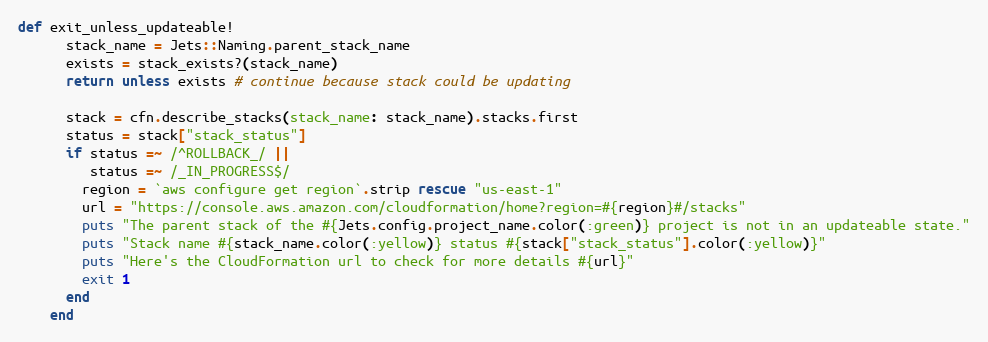
Language: Ruby
def exit_unless_updateable!
      stack_name = Jets::Naming.parent_stack_name
      exists = stack_exists?(stack_name)
      return unless exists # continue because stack could be updating

      stack = cfn.describe_stacks(stack_name: stack_name).stacks.first
      status = stack["stack_status"]
      if status =~ /^ROLLBACK_/ ||
         status =~ /_IN_PROGRESS$/
        region = `aws configure get region`.strip rescue "us-east-1"
        url = "https://console.aws.amazon.com/cloudformation/home?region=#{region}#/stacks"
        puts "The parent stack of the #{Jets.config.project_name.color(:green)} project is not in an updateable state."
        puts "Stack name #{stack_name.color(:yellow)} status #{stack["stack_status"].color(:yellow)}"
        puts "Here's the CloudFormation url to check for more details #{url}"
        exit 1
      end
    end